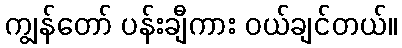
ကျွန်တော် ပန်းချီကား ဝယ်ချင်တယ်။